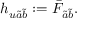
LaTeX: h _ { u \tilde { a } \tilde { b } } : = \bar { F } _ { \tilde { a } \tilde { b } } .